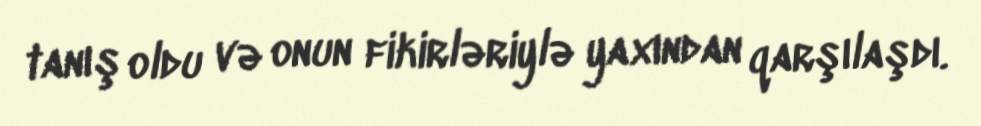
tanış oldu və onun fikirləriylə yaxından qarşılaşdı.